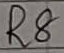
Text: R8